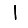
Digit: 1